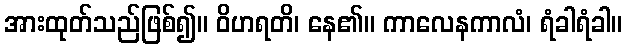
အားထုတ်သည်ဖြစ်၍။ ဝိဟရတိ၊ နေ၏။ ကာလေနကာလံ၊ ရံခါရံခါ။